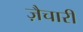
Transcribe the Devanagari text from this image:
ज़ैचारी